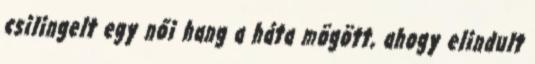
csilingelt egy női hang a háta mögött, ahogy elindult